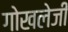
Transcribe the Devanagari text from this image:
गोखलेजी